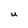
Character: u